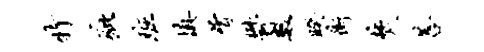
特疵班填屑郁数睽街焚菩